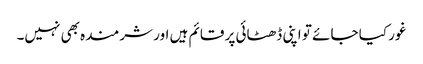
غور کیا جائے تو اپنی ڈھٹائی پر قائم ہیں اور شرمندہ بھی نہیں۔